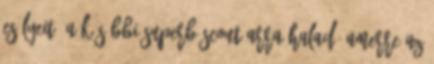
esélyeit. A későbbi Superb Scout arra halad, amerre az